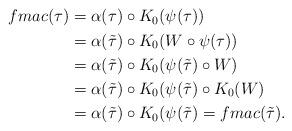
LaTeX: \begin{align*}\begin{aligned}fmac(\tau) &= \alpha(\tau) \circ K_0(\psi(\tau)) \\&= \alpha({\tilde \tau}) \circ K_0( W \circ \psi(\tau)) \\&= \alpha({\tilde \tau}) \circ K_0(\psi({\tilde \tau}) \circ W) \\&= \alpha({\tilde \tau}) \circ K_0(\psi({\tilde \tau}) \circ K_0( W) \\&= \alpha({\tilde \tau}) \circ K_0(\psi({\tilde \tau}) = fmac({\tilde \tau}).\end{aligned}\end{align*}